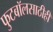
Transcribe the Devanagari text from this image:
फुटबॉलसाठीही